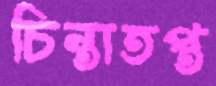
চিন্তাতপ্ত